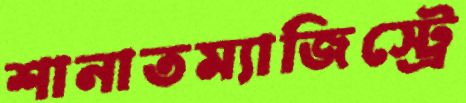
শানাতম্যাজিস্ট্রে